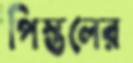
পিস্তলের